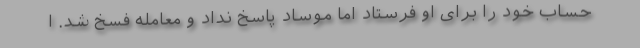
حساب خود را برای او فرستاد اما موساد پاسخ نداد و معامله فسخ شد. ا